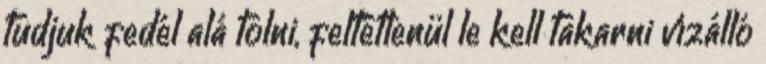
tudjuk fedél alá tolni, feltétlenül le kell takarni vízálló